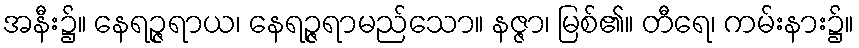
အနီး၌။ နေရဉ္ဇရာယ၊ နေရဉ္ဇရာမည်သော။ နဇ္ဇာ၊ မြစ်၏။ တီရေ၊ ကမ်းနား၌။